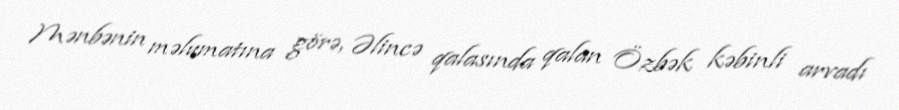
Mənbənin məlumatına görə, Əlincə qalasında qalan Özbək kəbinli arvadı